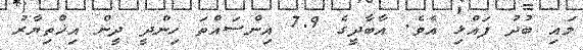
މައި ބުދު ފައްޅި އެވެ. އާބާދީގެ 7.9 އިންސައްތަ ހިންދީ ދީން އިޚްތިޔާރު